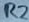
Text: R2